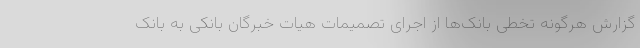
گزارش هرگونه تخطی بانک‌ها از اجرای تصمیمات هیات خبرگان بانکی به بانک